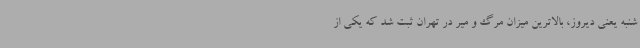
شنبه یعنی دیروز، بالاترین میزان مرگ و میر در تهران ثبت شد که یکی از